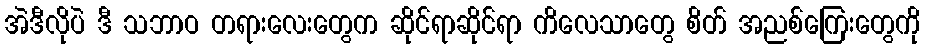
အဲဒီလိုပဲ ဒီ သဘာဝ တရားလေးတွေက ဆိုင်ရာဆိုင်ရာ ကိလေသာတွေ စိတ် အညစ်ကြေးတွေကို